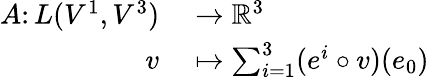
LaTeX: \begin{array}{rl}{A\colon L(V^{1},V^{3})}&{{}\to\mathbb R^{3}}\\ {v}&{{}\mapsto\sum_{i=1}^{3}(e^{i}\circ v)(e_{0})}\end{array}